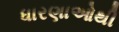
ધારણાઓથી